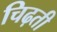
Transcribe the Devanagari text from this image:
चिढ़ती